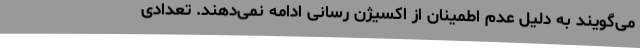
می‌گویند به دلیل عدم اطمینان از اکسیژن رسانی ادامه نمی‌دهند. تعدادی